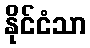
နိုင်ငံသာ